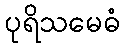
ပုရိသမေဓံ